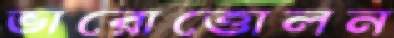
ভারোত্তোলন